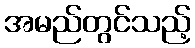
အမည်တွင်သည့်